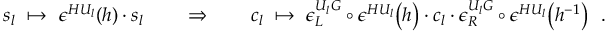
s _ { l } \ \mapsto \ \epsilon ^ { H U _ { l } } ( h ) \cdot s _ { l } \quad \quad \Rightarrow \quad \quad c _ { l } \ \mapsto \ \epsilon _ { L } ^ { U _ { l } G } \circ \epsilon ^ { H U _ { l } } \bigl ( h \bigr ) \cdot c _ { l } \cdot \epsilon _ { R } ^ { U _ { l } G } \circ \epsilon ^ { H U _ { l } } \bigl ( h ^ { - 1 } \bigr ) \ \ .